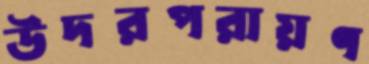
উদরপরায়ণ